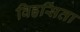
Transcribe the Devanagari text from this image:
विहसिता